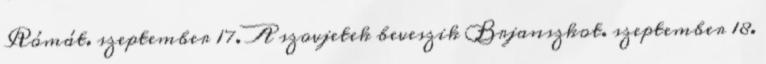
Rómát. szeptember 17. A szovjetek beveszik Brjanszkot. szeptember 18.